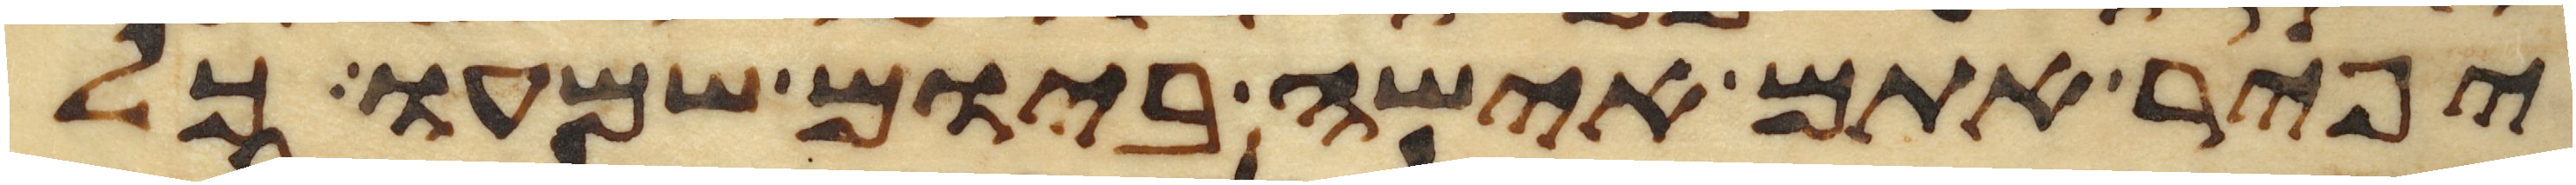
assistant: יפיר אתם אישה ביום שמעו כל